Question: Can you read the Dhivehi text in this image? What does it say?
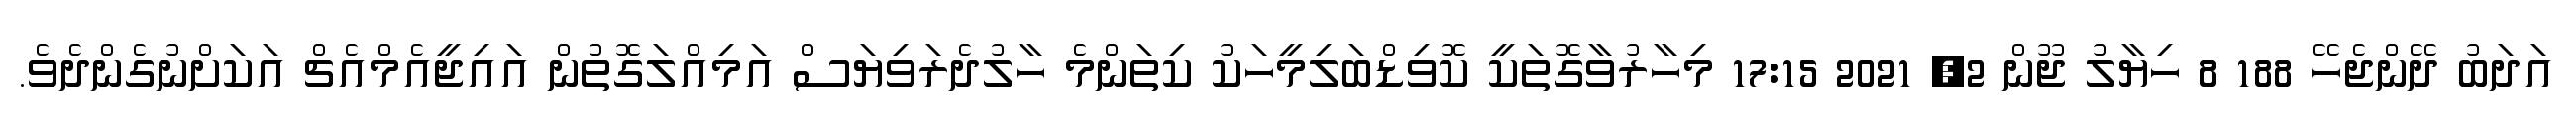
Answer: އަދަބު ދޭންޖެހޭ 188 8 ހިޔާލު ޖޫން 2, 2021 17:15 މިހާރުވާގޮތަކީ ކޮވިޑްބަލިމީހަކު ކިތަންމެ ހާލުދެރަވިޔަސް އަމިއްލަގޮތުން އައިޖީއެމްއެޗް އަކަށްނުގެންދެވެ.